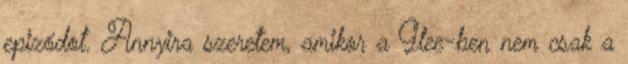
epizódot. Annyira szeretem, amikor a Glee-ben nem csak a